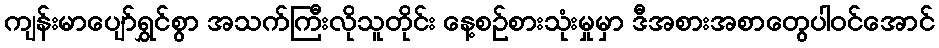
ကျန်းမာပျော်ရွှင်စွာ အသက်ကြီးလိုသူတိုင်း နေ့စဉ်စားသုံးမှုမှာ ဒီအစားအစာတွေပါဝင်အောင်